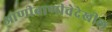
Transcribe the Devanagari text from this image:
आणीबाणीचेदेखील